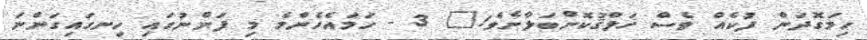
ހިމަގޮދަން ފުކެއް ވެސް ޚަލްޤުކޮށްބަލާށެވެ!" 3 - ހަމައެހެންމެ މި ފަންނުގައި ހިނގައިގަންނަ